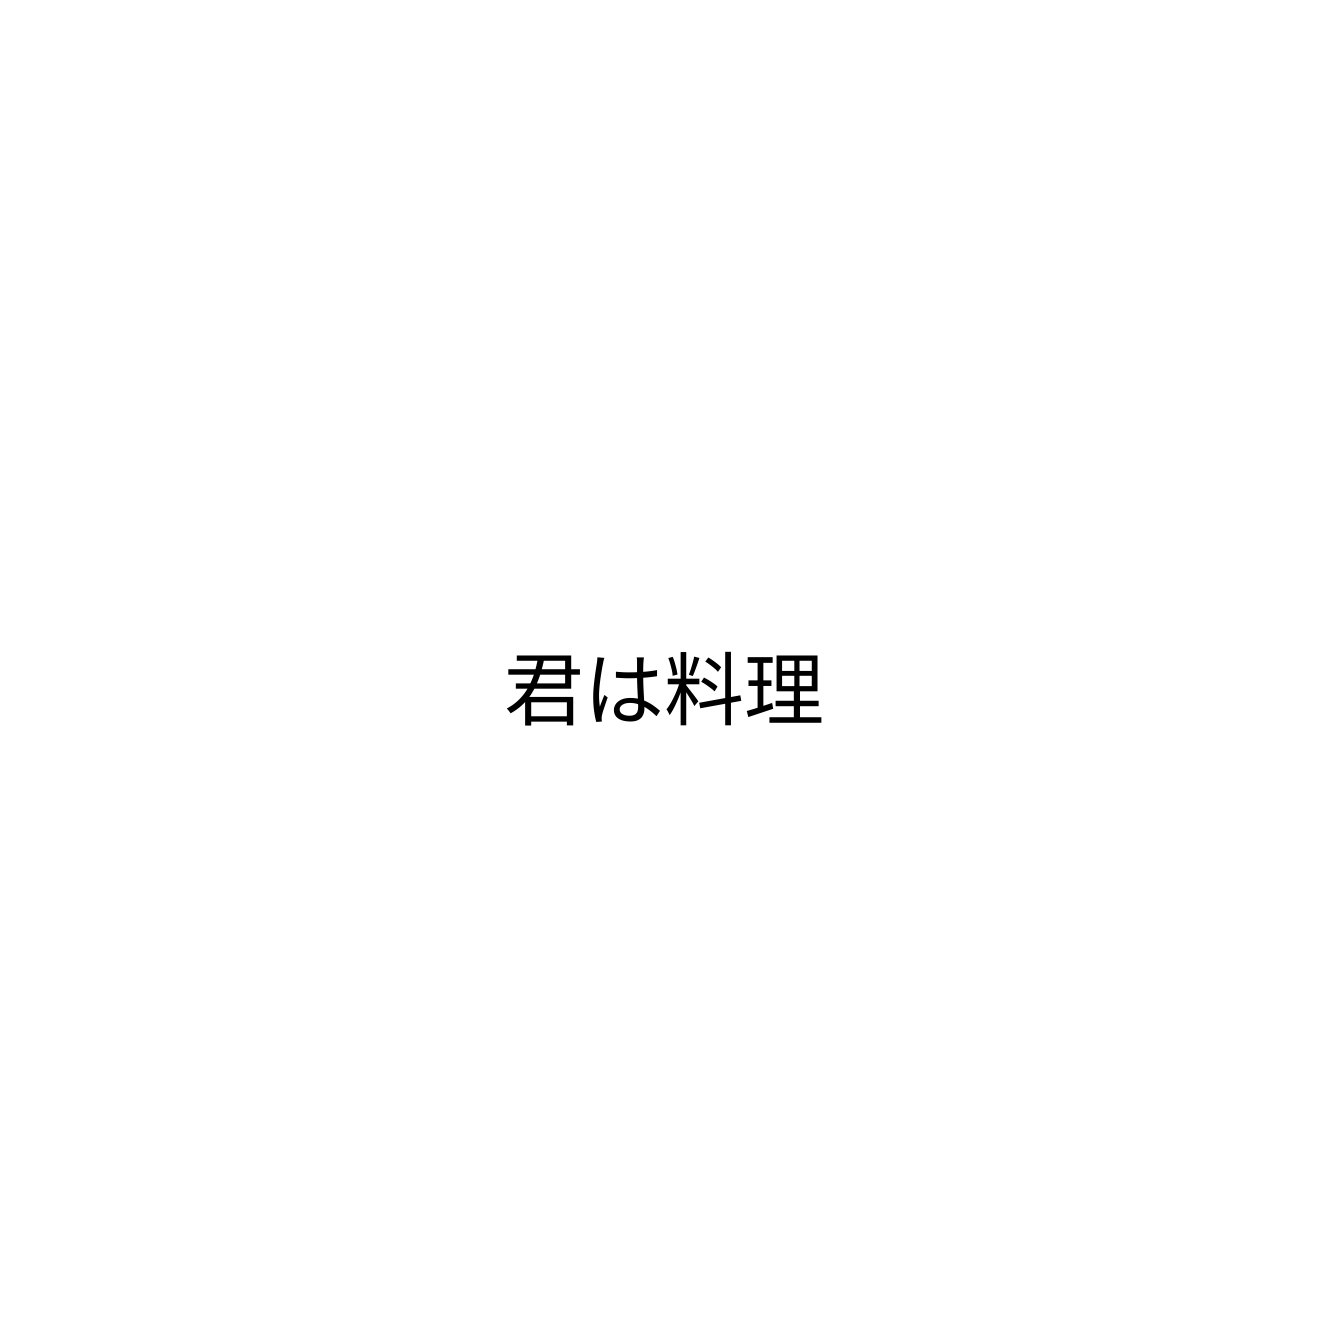
君は料理